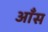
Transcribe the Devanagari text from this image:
आँस